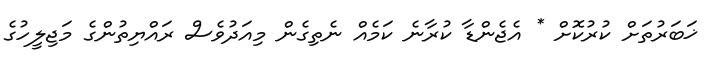
ޚަބަރުތަށް ކުރުކޮށް * އެޖެންޑާ ކުރާނެ ކަމެއް ނެތިގެން މިއަދުވެސް ރައްޔިތުންގެ މަޖިލީހުގެ